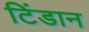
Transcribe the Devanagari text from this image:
टिंडान